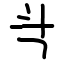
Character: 㪲